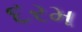
દરમ